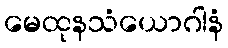
မေထုနသံယောဂါနံ